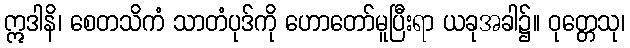
ဣဒါနိ၊ စေတသိကံ သာတံပုဒ်ကို ဟောတော်မူပြီးရာ ယခုအခါ၌။ ဝုတ္တေသု၊